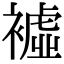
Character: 𧝔